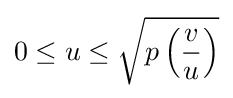
0\leq u\leq {\sqrt {p\left({\frac {v}{u}}\right)}}